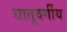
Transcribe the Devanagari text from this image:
धातूवर्गीय